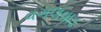
વગલવાડ